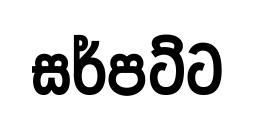
සර්පට්ට